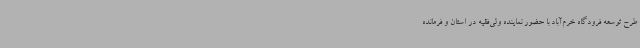
طرح توسعه فرودگاه خرم‌آباد با حضور نماینده ولی‌فقیه در استان و فرمانده